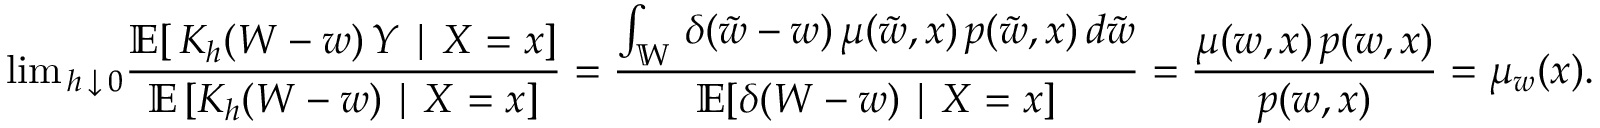
\mathrm { l i m } _ { \, h \, \downarrow \, 0 } \frac { \mathbb { E } [ \, K _ { h } ( W - w ) \, Y \mid X = x ] } { \mathbb { E } \, [ K _ { h } ( W - w ) \mid X = x ] } = \frac { \int _ { \mathbb { W } } \, \delta ( \tilde { w } - w ) \, \mu ( \tilde { w } , x ) \, p ( \tilde { w } , x ) \, d \tilde { w } } { \mathbb { E } [ \delta ( W - w ) \mid X = x ] } = \frac { \mu ( w , x ) \, p ( w , x ) } { p ( w , x ) } = \mu _ { w } ( x ) .